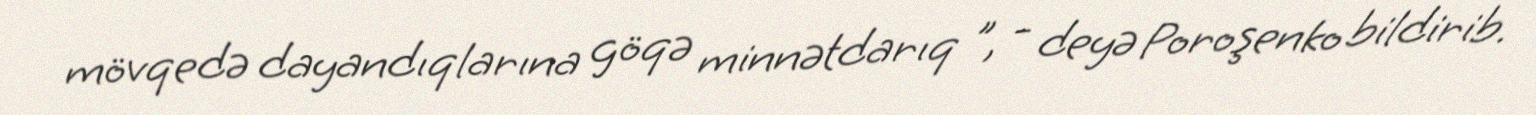
mövqedə dayandıqlarına göqə minnətdarıq ", - deyə Poroşenko bildirib.